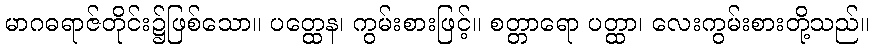
မာဂဓရာဇ်တိုင်း၌ဖြစ်သော။ ပတ္ထေန၊ ကွမ်းစားဖြင့်။ စတ္တာရော ပတ္ထာ၊ လေးကွမ်းစားတို့သည်။